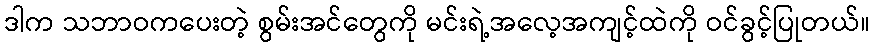
ဒါက သဘာဝကပေးတဲ့ စွမ်းအင်တွေကို မင်းရဲ့အလေ့အကျင့်ထဲကို ဝင်ခွင့်ပြုတယ်။